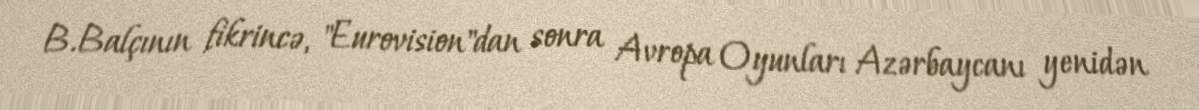
B.Balçının fikrincə, "Eurovision"dan sonra Avropa Oyunları Azərbaycanı yenidən